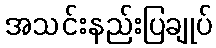
အသင်းနည်းပြချုပ်